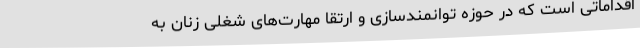
اقداماتی است که در حوزه توانمندسازی و ارتقا مهارت‌های شغلی زنان به